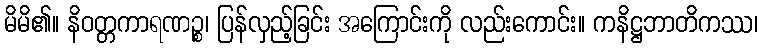
မိမိ၏။ နိဝတ္တကာရဏဉ္စ၊ ပြန်လှည့်ခြင်း အကြောင်းကို လည်းကောင်း။ ကနိဋ္ဌဘာတိကဿ၊